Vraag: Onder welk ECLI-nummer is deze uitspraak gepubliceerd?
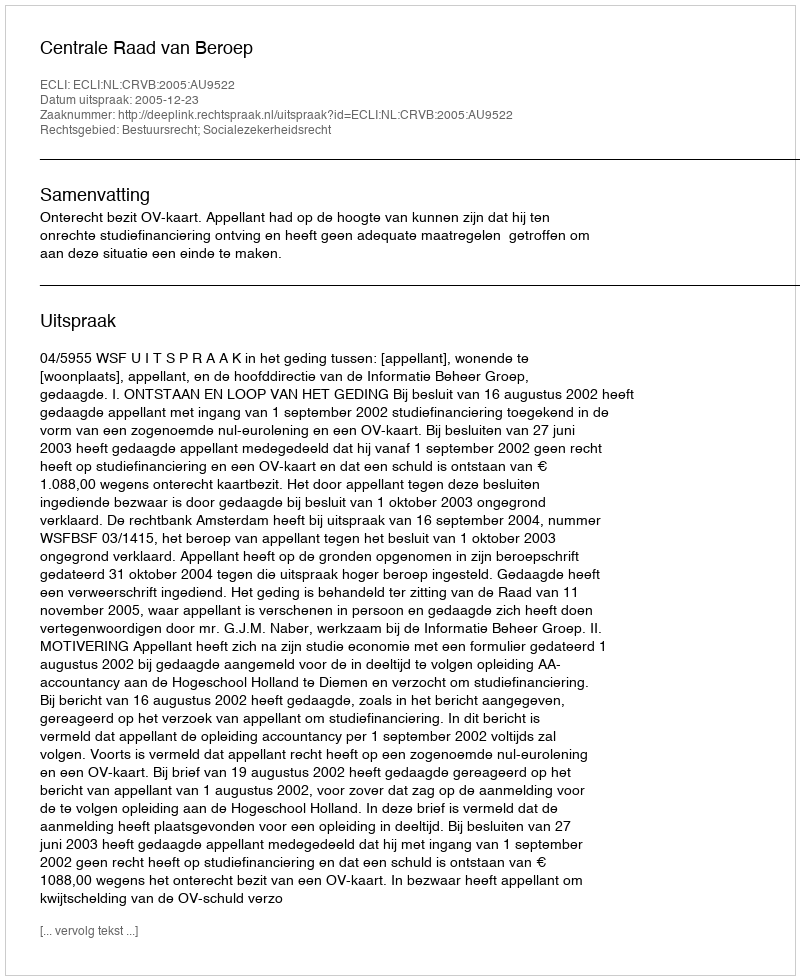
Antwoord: ECLI:NL:CRVB:2005:AU9522